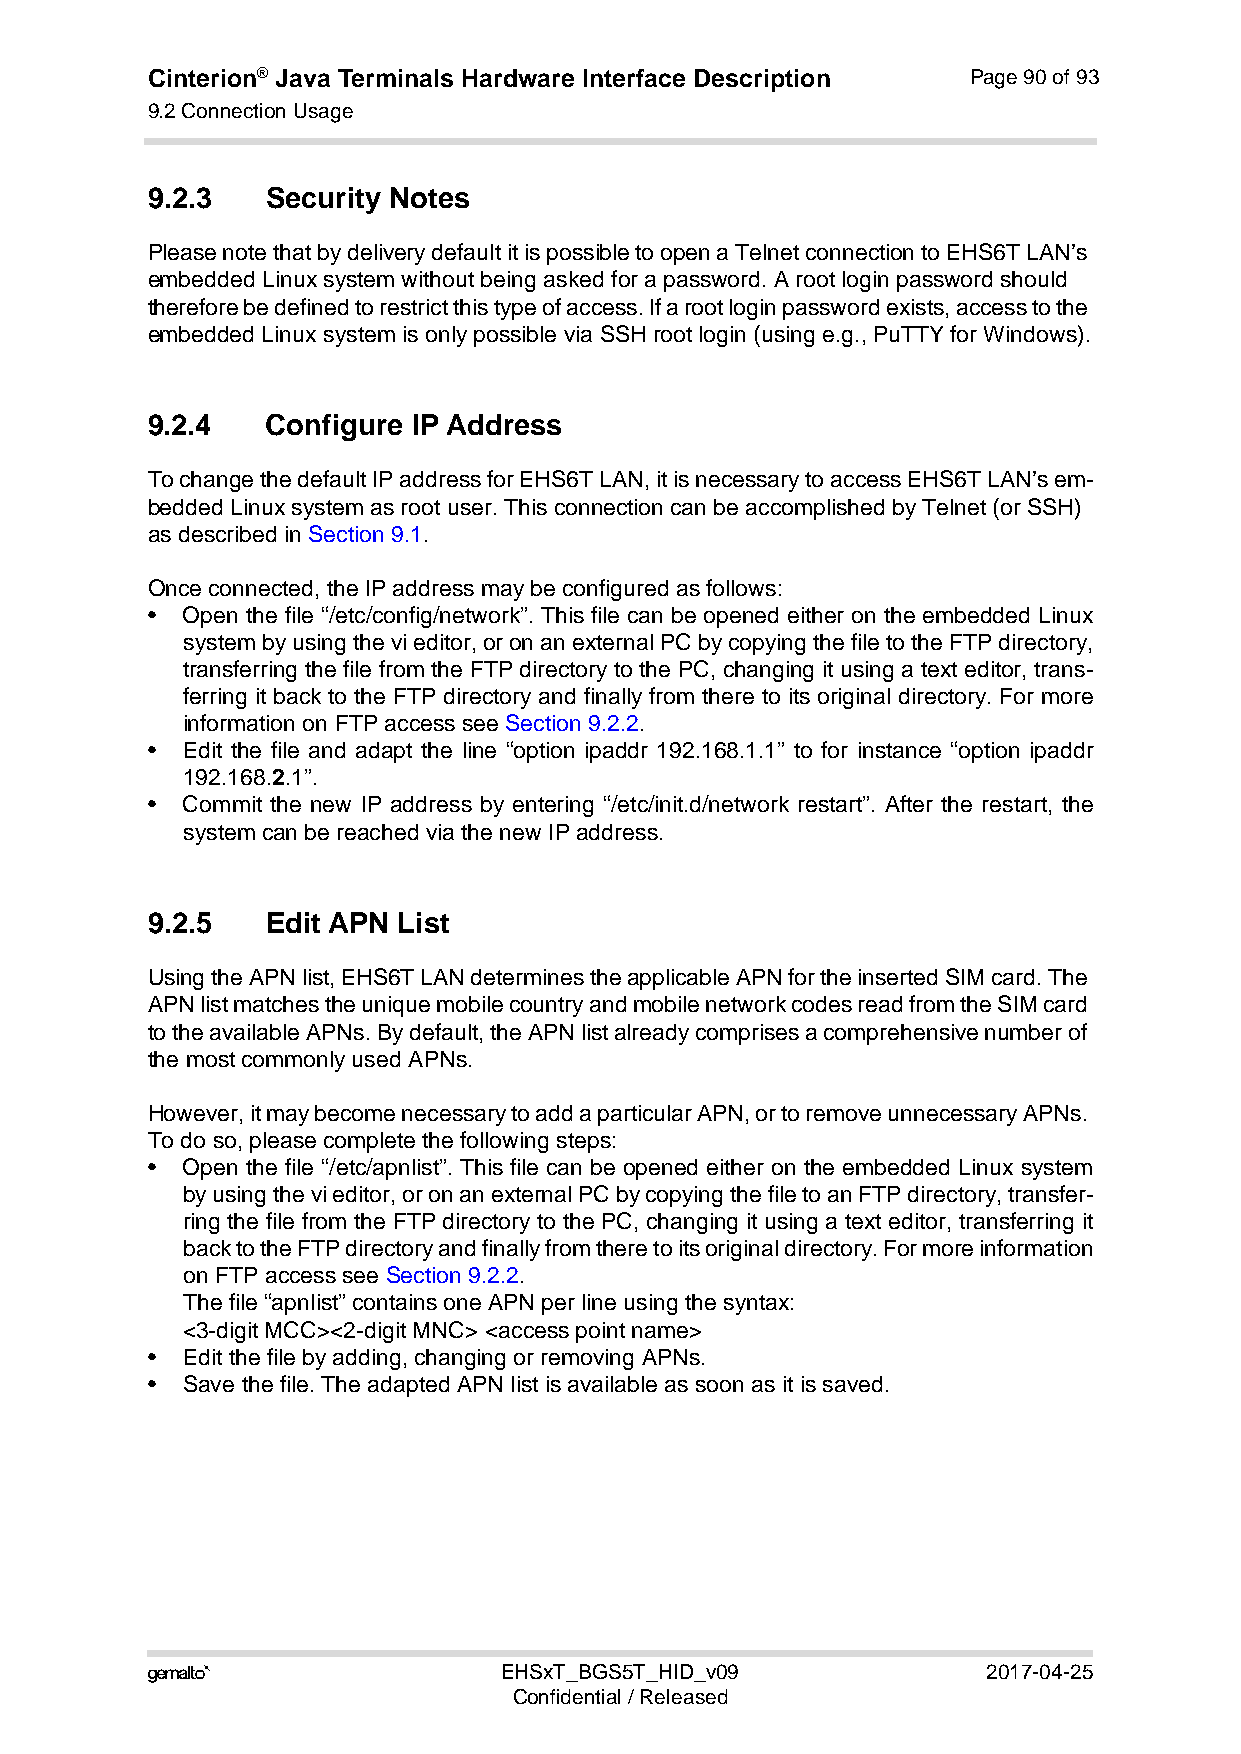
Cinterion® Java Terminals Hardware Interface Description Page 90 of 93
 9.2 Connection Usage
 92
 9.2.3   Security Notes
 Please note that by delivery default it is possible to open a Telnet connection to EHS6T LAN’s
 embedded Linux system without being asked for a password. A root login password should
 therefore be defined to restrict this type of access. If a root login password exists, access to the
 embedded Linux system is only possible via SSH root login (using e.g., PuTTY for Windows).
 9.2.4   Configure IP Address
 To change the default IP address for EHS6T LAN, it is necessary to access EHS6T LAN’s em-
 bedded Linux system as root user. This connection can be accomplished by Telnet (or SSH)
 as described in Section 9.1.
 Once connected, the IP address may be configured as follows:
 • Open the file “/etc/config/network”. This file can be opened either on the embedded Linux
 system by using the vi editor, or on an external PC by copying the file to the FTP directory,
 transferring the file from the FTP directory to the PC, changing it using a text editor, trans-
 ferring it back to the FTP directory and finally from there to its original directory. For more
 information on FTP access see Section 9.2.2.
 • Edit the file and adapt the line “option ipaddr 192.168.1.1” to for instance “option ipaddr
 192.168.2.1”.
 • Commit the new IP address by entering “/etc/init.d/network restart”. After the restart, the
 system can be reached via the new IP address.
 9.2.5   Edit APN List
 Using the APN list, EHS6T LAN determines the applicable APN for the inserted SIM card. The
 APN list matches the unique mobile country and mobile network codes read from the SIM card
 to the available APNs. By default, the APN list already comprises a comprehensive number of
 the most commonly used APNs.
 However, it may become necessary to add a particular APN, or to remove unnecessary APNs.
 To do so, please complete the following steps:
 • Open the file “/etc/apnlist”. This file can be opened either on the embedded Linux system
 by using the vi editor, or on an external PC by copying the file to an FTP directory, transfer-
 ring the file from the FTP directory to the PC, changing it using a text editor, transferring it
 back to the FTP directory and finally from there to its original directory. For more information
 on FTP access see Section 9.2.2.
 The file “apnlist” contains one APN per line using the syntax:
 <3-digit MCC><2-digit MNC> <access point name>
 • Edit the file by adding, changing or removing APNs.
 • Save the file. The adapted APN list is available as soon as it is saved.
                       EHSxT_BGS5T_HID_v09             2017-04-25
 Confidential / Released